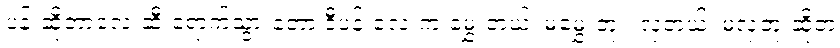
ပန်းဆိုတာလေးဆီ ရောက်သွားတော့ ဒီပန်းလေးက မွှေးတယ်၊ မမွှေးဘူး၊ လှတယ်၊ မလှဘူးဆိုတဲ့